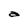
Character: a